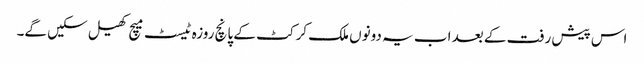
اس پیش رفت کے بعد اب یہ دونوں ملک کرکٹ کے پانچ روزہ ٹیسٹ میچ کھیل سکیں گے۔